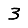
Digit: 3